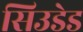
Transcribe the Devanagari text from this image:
सिउडेड